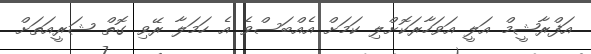
އަފްރާޝީމް އަލީ އަވަހާރަކޮށްލި ކަމަށް އެއްބަސްވެ އެ ހަމަލާ ރޭވި ގޮތް ޝަރީއަތަށް